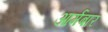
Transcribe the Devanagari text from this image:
आर्मबार